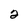
Character: 2